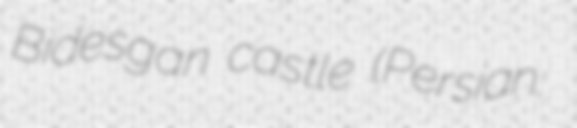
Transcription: Bidesgan castle (Persian: قلعه